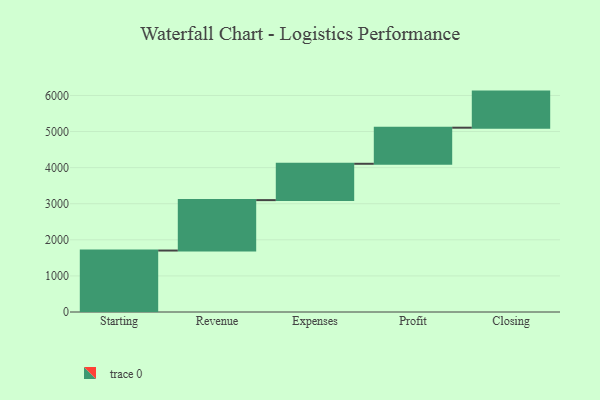
{"axis": {"x": "Step", "y": "Value"}, "legend": [""], "data": [{"x": "Starting", "y": 1703.0, "type": ""}, {"x": "Revenue", "y": 1397.0, "type": ""}, {"x": "Expenses", "y": 1007.0, "type": ""}, {"x": "Profit", "y": 1000, "type": ""}, {"x": "Closing", "y": 1000, "type": ""}]}